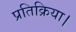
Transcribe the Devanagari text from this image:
प्रतिक्रिया।